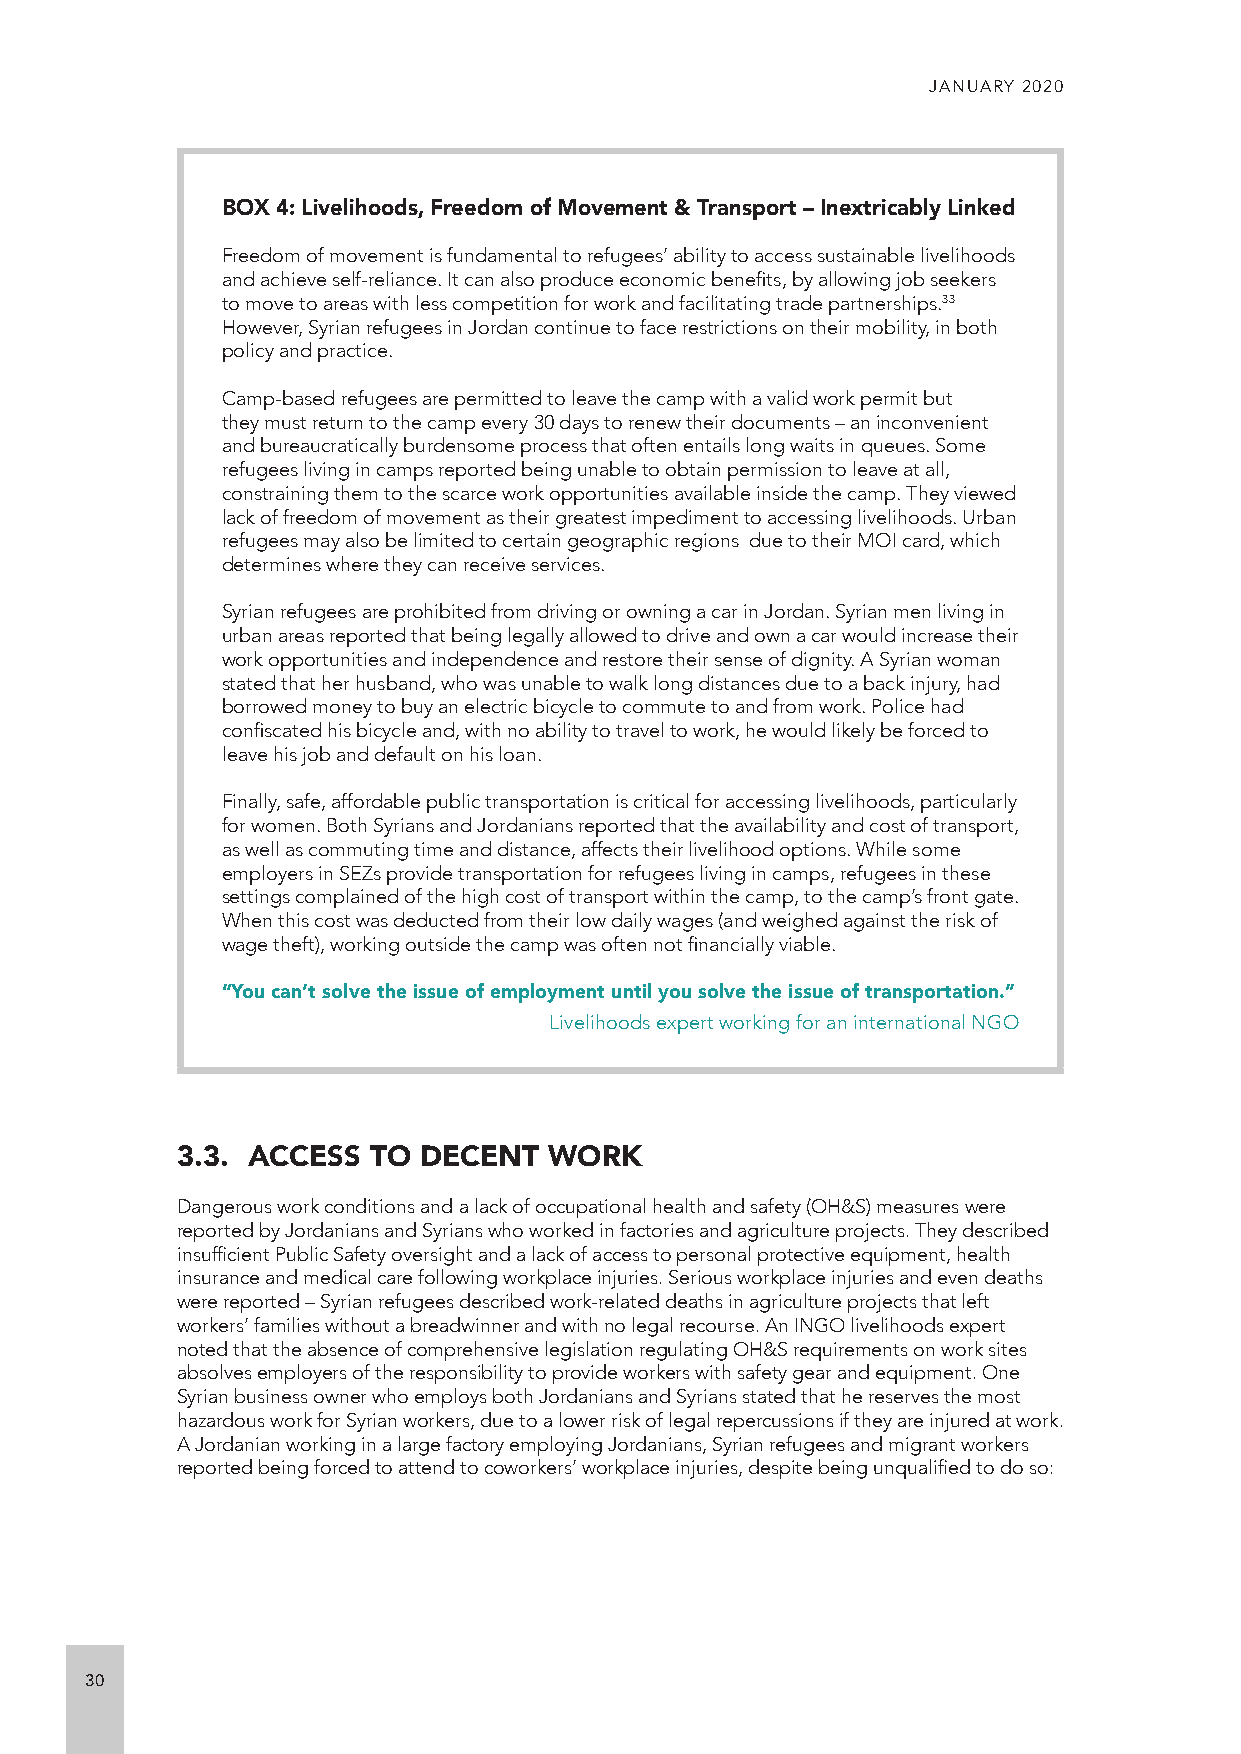
JANUARY 2020
 BOX 4: Livelihoods, Freedom of Movement & Transport – Inextricably Linked
 Freedom of movement is fundamental to refugees’ ability to access sustainable livelihoods
 and achieve self-reliance. It can also produce economic benefits, by allowing job seekers
 to move to areas with less competition for work and facilitating trade partnerships.33
 However, Syrian refugees in Jordan continue to face restrictions on their mobility, in both
 policy and practice.
 Camp-based refugees are permitted to leave the camp with a valid work permit but
 they must return to the camp every 30 days to renew their documents – an inconvenient
 and bureaucratically burdensome process that often entails long waits in queues. Some
 refugees living in camps reported being unable to obtain permission to leave at all,
 constraining them to the scarce work opportunities available inside the camp. They viewed
 lack of freedom of movement as their greatest impediment to accessing livelihoods. Urban
 refugees may also be limited to certain geographic regions due to their MOI card, which
 determines where they can receive services.
 Syrian refugees are prohibited from driving or owning a car in Jordan. Syrian men living in
 urban areas reported that being legally allowed to drive and own a car would increase their
 work opportunities and independence and restore their sense of dignity. A Syrian woman
 stated that her husband, who was unable to walk long distances due to a back injury, had
 borrowed money to buy an electric bicycle to commute to and from work. Police had
 confiscated his bicycle and, with no ability to travel to work, he would likely be forced to
 leave his job and default on his loan.
 Finally, safe, affordable public transportation is critical for accessing livelihoods, particularly
 for women. Both Syrians and Jordanians reported that the availability and cost of transport,
 as well as commuting time and distance, affects their livelihood options. While some
 employers in SEZs provide transportation for refugees living in camps, refugees in these
 settings complained of the high cost of transport within the camp, to the camp’s front gate.
 When this cost was deducted from their low daily wages (and weighed against the risk of
 wage theft), working outside the camp was often not financially viable.
 “You can’t solve the issue of employment until you solve the issue of transportation.”
 Livelihoods expert working for an international NGO
 3.3. ACCESS  TO DECENT  WORK
 Dangerous work conditions and a lack of occupational health and safety (OH&S) measures were
 reported by Jordanians and Syrians who worked in factories and agriculture projects. They described
 insufficient Public Safety oversight and a lack of access to personal protective equipment, health
 insurance and medical care following workplace injuries. Serious workplace injuries and even deaths
 were reported – Syrian refugees described work-related deaths in agriculture projects that left
 workers’ families without a breadwinner and with no legal recourse. An INGO livelihoods expert
 noted that the absence of comprehensive legislation regulating OH&S requirements on work sites
 absolves employers of the responsibility to provide workers with safety gear and equipment. One
 Syrian business owner who employs both Jordanians and Syrians stated that he reserves the most
 hazardous work for Syrian workers, due to a lower risk of legal repercussions if they are injured at work.
 A Jordanian working in a large factory employing Jordanians, Syrian refugees and migrant workers
 reported being forced to attend to coworkers’ workplace injuries, despite being unqualified to do so:
 30